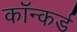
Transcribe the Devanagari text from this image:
कॉन्कर्ड